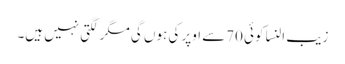
زیب النسا کوئی 70سے اوپر کی ہوں گی مگر لگتی نہیں ہیں۔